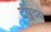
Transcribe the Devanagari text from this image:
टीहृदय